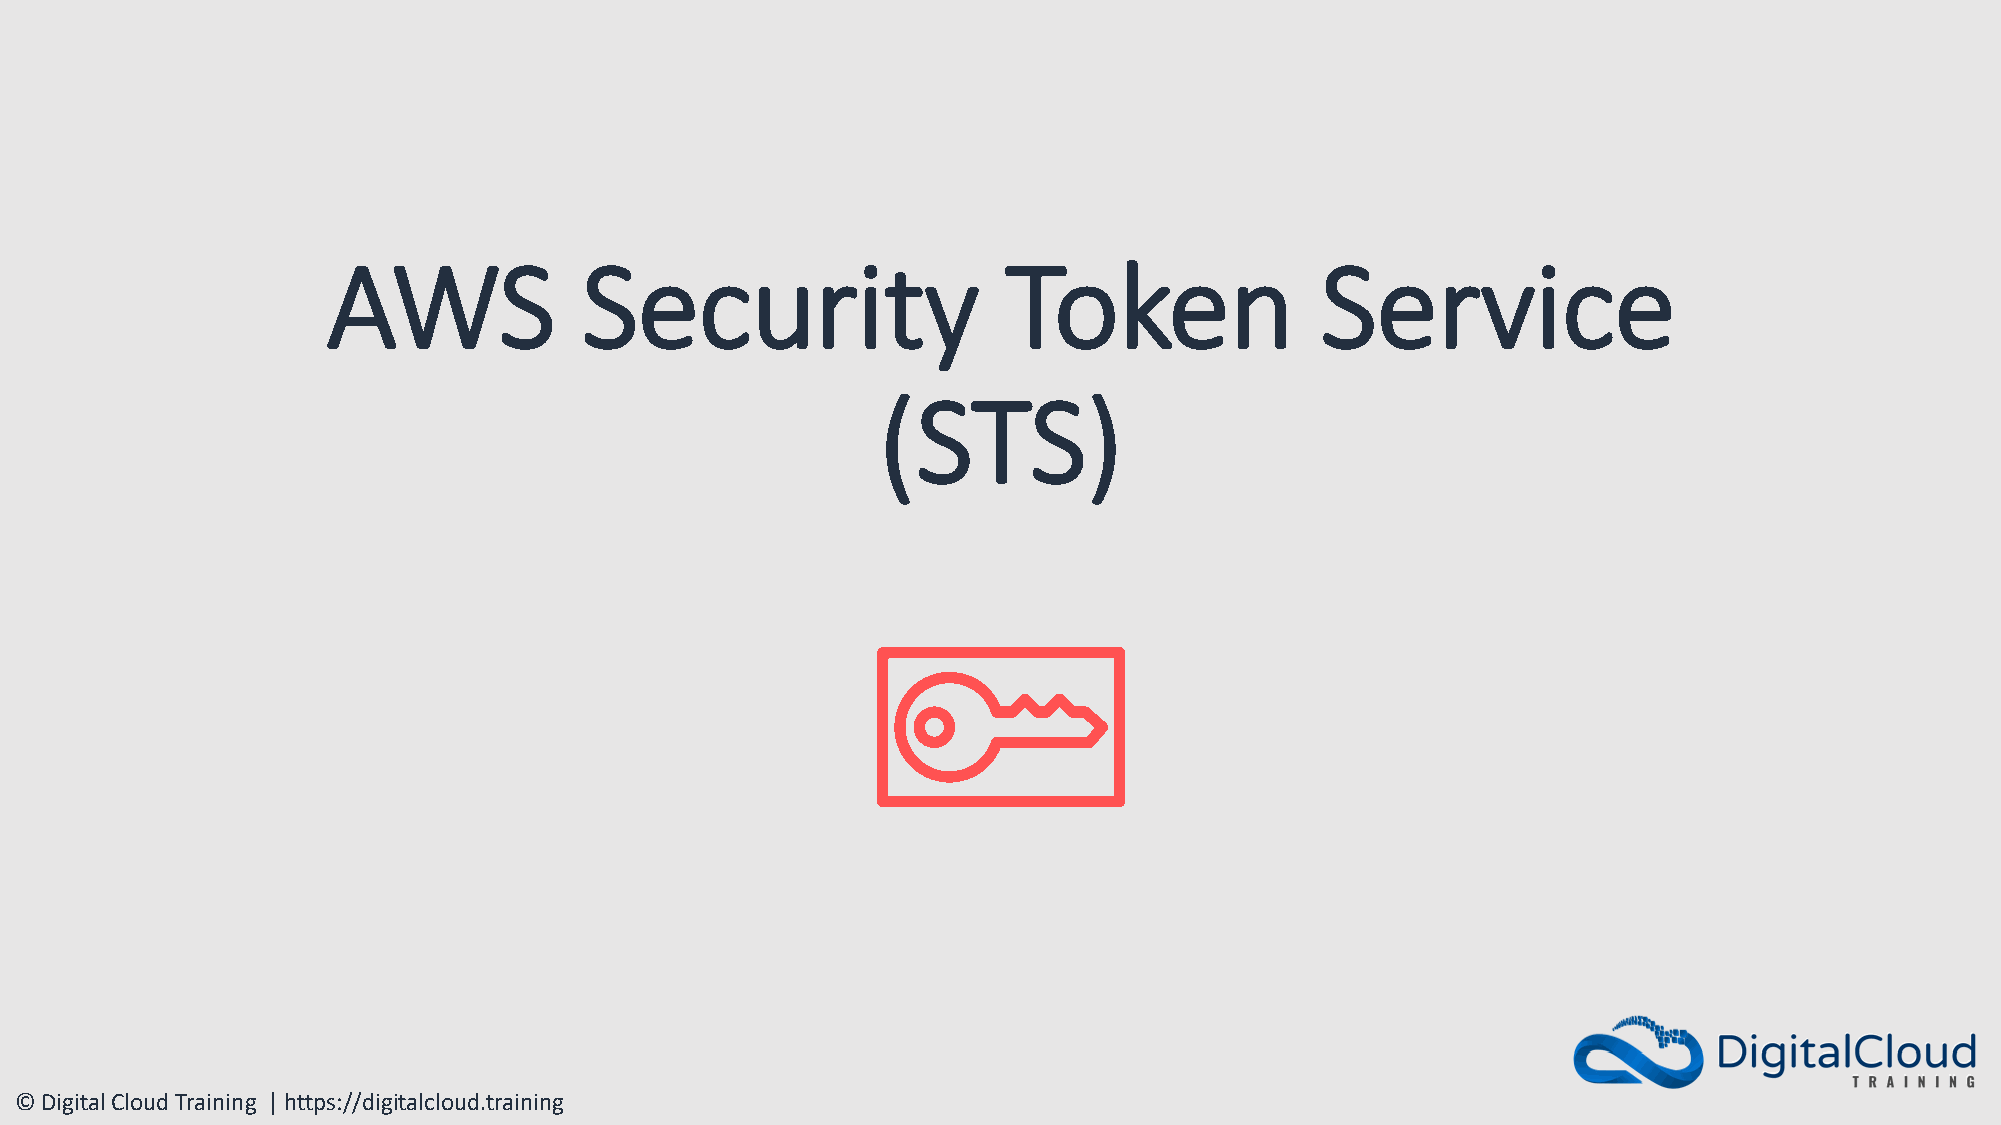
AWS             Security                     Token               Service
 (STS)
 © Digital Cloud Training | https://digitalcloud.training